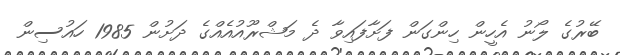
ބޭރުގެ ލޯނު އެހީން ހިންގަން ފަށާފައިވާ ދެ މަޝްރޫއުއެއްގެ ދަށުން 1985 ހައުސިން